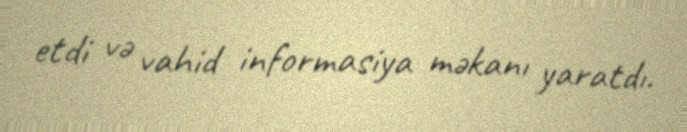
etdi və vahid informasiya məkanı yaratdı.